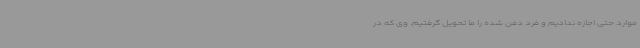
موارد حتی اجازه ندادیم و فرد دفن شده را ما تحویل گرفتیم. وی که در